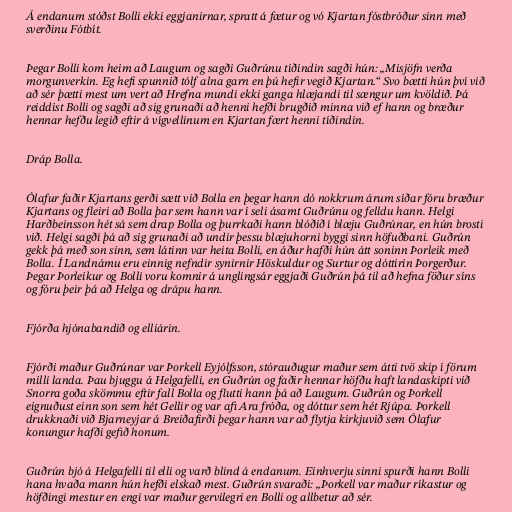
Á endanum stóðst Bolli ekki eggjanirnar, spratt á fætur og vó Kjartan fóstbróður sinn með
sverðinu Fótbít.

Þegar Bolli kom heim að Laugum og sagði Guðrúnu tíðindin sagði hún: „Misjöfn verða
morgunverkin. Eg hefi spunnið tólf alna garn en þú hefir vegið Kjartan.“ Svo bætti hún því við
að sér þætti mest um vert að Hrefna mundi ekki ganga hlæjandi til sængur um kvöldið. Þá
reiddist Bolli og sagði að sig grunaði að henni hefði brugðið minna við ef hann og bræður
hennar hefðu legið eftir á vígvellinum en Kjartan fært henni tíðindin.

Dráp Bolla.

Ólafur faðir Kjartans gerði sætt við Bolla en þegar hann dó nokkrum árum síðar fóru bræður
Kjartans og fleiri að Bolla þar sem hann var í seli ásamt Guðrúnu og felldu hann. Helgi
Harðbeinsson hét sá sem drap Bolla og þurrkaði hann blóðið í blæju Guðrúnar, en hún brosti
við. Helgi sagði þá að sig grunaði að undir þessu blæjuhorni byggi sinn höfuðbani. Guðrún
gekk þá með son sinn, sem látinn var heita Bolli, en áður hafði hún átt soninn Þorleik með
Bolla. Í Landnámu eru einnig nefndir synirnir Höskuldur og Surtur og dóttirin Þorgerður.
Þegar Þorleikur og Bolli voru komnir á unglingsár eggjaði Guðrún þá til að hefna föður síns
og fóru þeir þá að Helga og drápu hann.

Fjórða hjónabandið og elliárin.

Fjórði maður Guðrúnar var Þorkell Eyjólfsson, stórauðugur maður sem átti tvö skip í förum
milli landa. Þau bjuggu á Helgafelli, en Guðrún og faðir hennar höfðu haft landaskipti við
Snorra goða skömmu eftir fall Bolla og flutti hann þá að Laugum. Guðrún og Þorkell
eignuðust einn son sem hét Gellir og var afi Ara fróða, og dóttur sem hét Rjúpa. Þorkell
drukknaði við Bjarneyjar á Breiðafirði þegar hann var að flytja kirkjuvið sem Ólafur
konungur hafði gefið honum.

Guðrún bjó á Helgafelli til elli og varð blind á endanum. Einhverju sinni spurði hann Bolli
hana hvaða mann hún hefði elskað mest. Guðrún svaraði: „Þorkell var maður ríkastur og
höfðingi mestur en engi var maður gervilegri en Bolli og allbetur að sér.